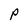
Character: p